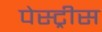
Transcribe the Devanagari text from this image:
पेस्ट्रीस